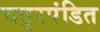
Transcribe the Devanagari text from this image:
चतुरपंडित